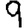
Digit: 9